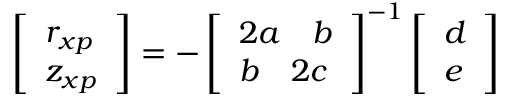
\left[ \begin{array} { l } { r _ { x p } } \\ { z _ { x p } } \end{array} \right] = - \left[ \begin{array} { l } { 2 a \quad b } \\ { b \quad 2 c } \end{array} \right] ^ { - 1 } \left[ \begin{array} { l } { d } \\ { e } \end{array} \right]